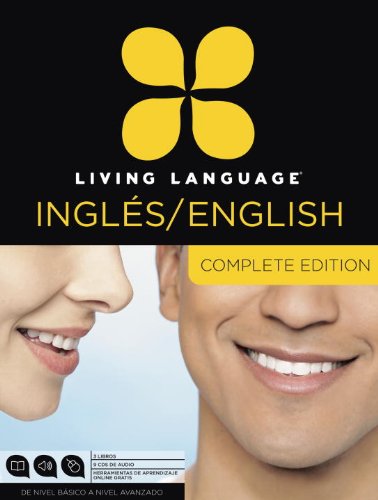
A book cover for Living Language English for Spanish Speakers, Complete Edition (ESL/ELL): Beginner through advanced course, including 3 coursebooks, 9 audio CDs, and free online learning; Living Language; Reference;